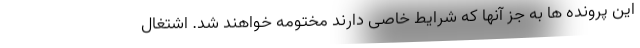
این پرونده ها به جز آنها که شرایط خاصی دارند مختومه خواهند شد. اشتغال